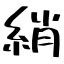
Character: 綃